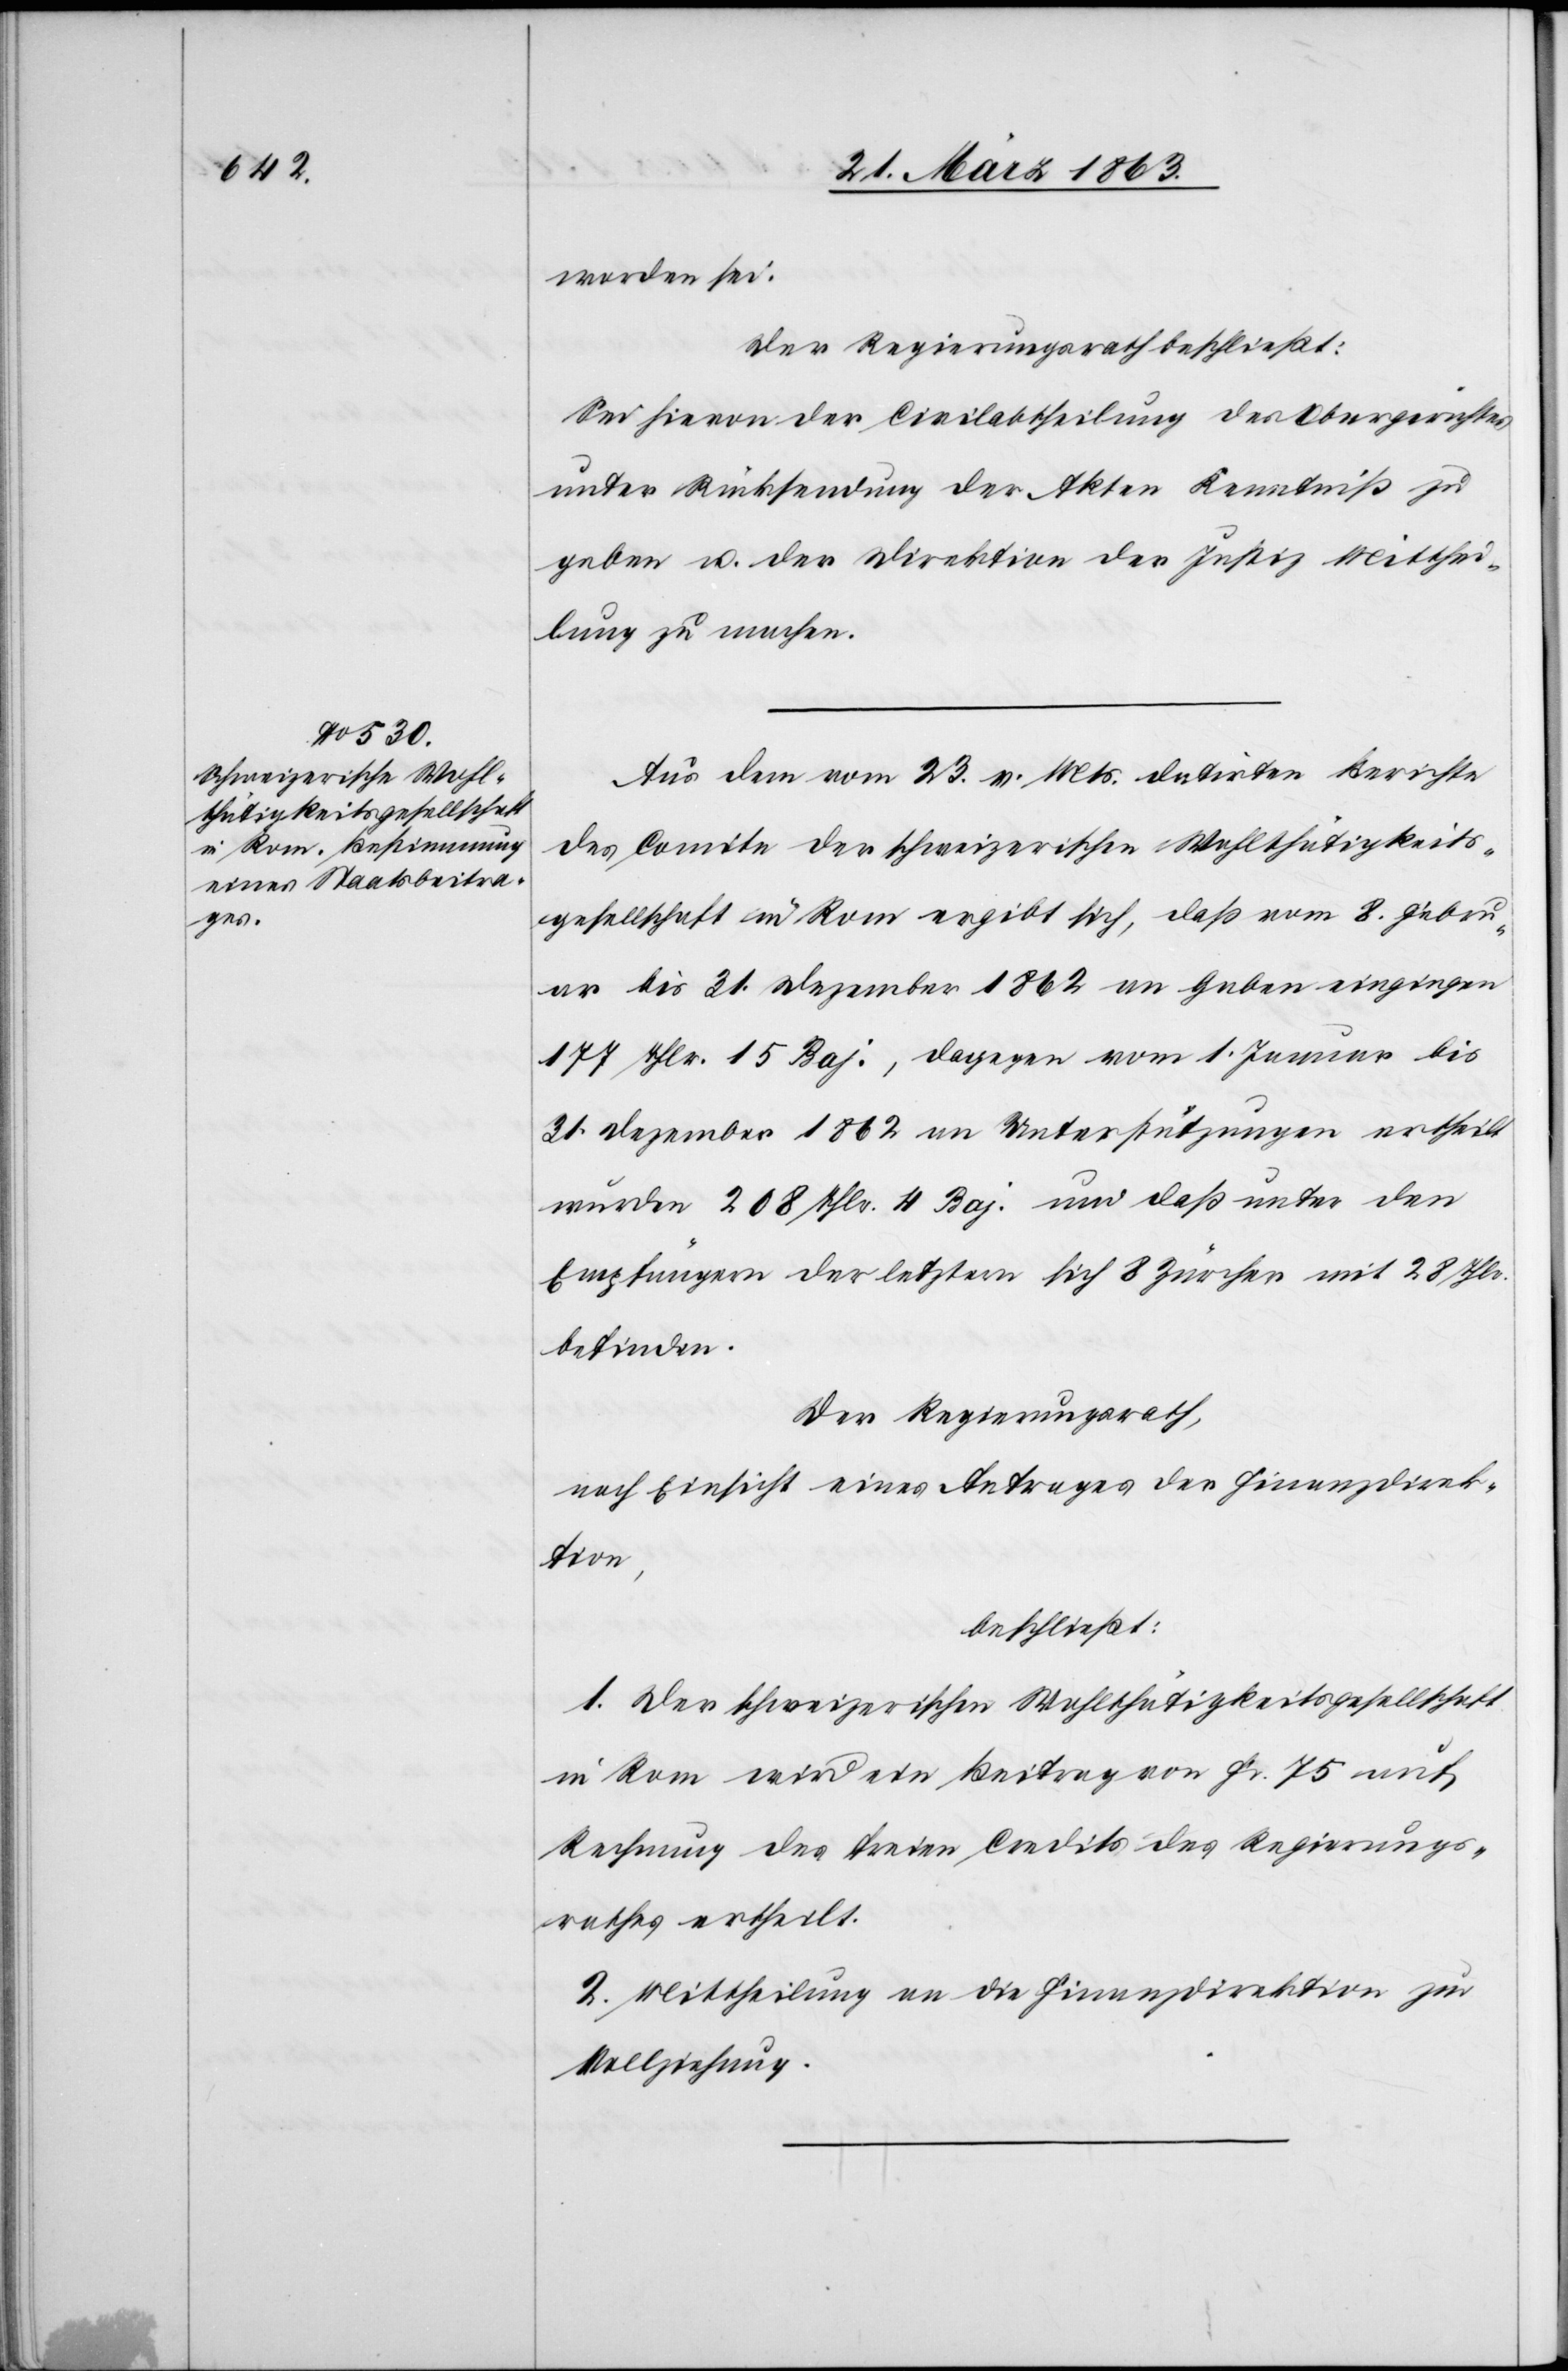
worden sei.
Der Regierungsrath beschließt:
Sei hievon der Civilabtheilung des Obergerichtes
unter Rücksendung der Akten Kenntniß zu
geben u. der Direktion der Justiz Mitthei¬
lung zu machen.
Aus dem vom 23. v. Mts. datirten Berichte
des Comite der schweizerischen Wohlthätigkeits¬
gesellschaft in Rom ergibt sich, daß vom 8. Febru¬
ar bis 31. Dezember 1862 an Gaben eingingen
177 Thlr. 15 [?Baj.], dagegen vom 1. Januar bis
31. Dezember 1862 an Unterstützungen ertheilt
wurden 208 Thlr. 4 [?Baj.] und daß unter den
Empfängern der letztern sich 8 Zürcher mit 28 Thlr.
befinden.
Der Regierungsrath,
nach Einsicht eines Antrages der Finanzdirek¬
tion,
beschließt:
1. Der schweizerischen Wohlthätigkeitsgesellschaft
in Rom wird ein Beitrag von Fr. 75 auf
Rechnung des freien Credits des Regierungs¬
rathes ertheilt.
2. Mittheilung an die Finanzdirektion zur
Vollziehung.